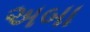
અબા